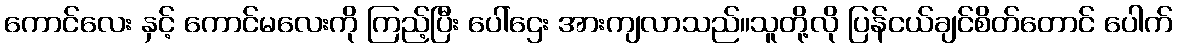
ကောင်လေး နှင့် ကောင်မလေးကို ကြည့်ပြီး ပေါ်ဌေး အားကျလာသည်။သူတို့လို ပြန်ငယ်ချင်စိတ်တောင် ပေါက်